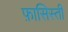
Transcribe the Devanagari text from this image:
फ़ासिस्ती